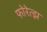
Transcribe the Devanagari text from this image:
फोरेत्झ